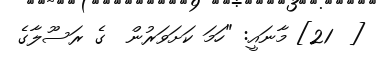
[  21] މާނައީ: "ހަމަ ކަށަވަރުން  ގެ ރަސޫލާގެ